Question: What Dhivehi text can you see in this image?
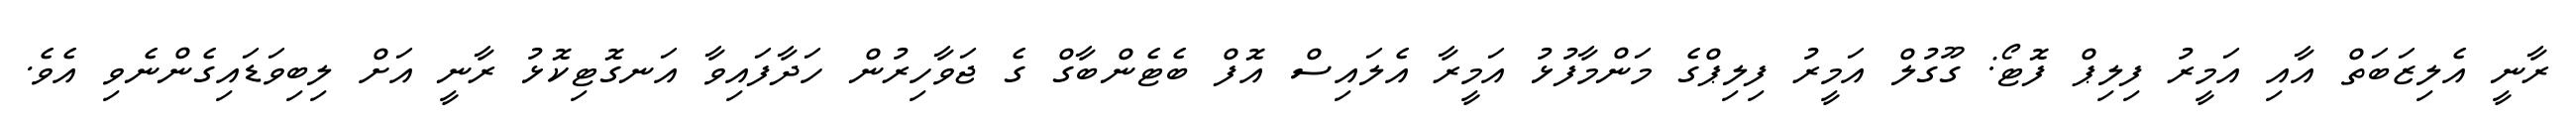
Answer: ރާނީ އެލިޒަބަތް އާއި އަމީރު ފިލިޕް ފޮޓޯ: ގޫގުލް އަމީރު ފިލިޕްގެ މަންމާފުޅު އަމީރާ އެލައިސް އޮފް ބެޓެންބާގް ގެ ޖަވާހިރުން ހަދާފައިވާ އަނގޮޓިކޮޅު ރާނީ އަށް ލިބިވަޑައިގެންނެވި އެވެ.